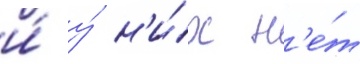
и́ у́ н'и́х н'е́т